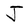
Character: J